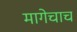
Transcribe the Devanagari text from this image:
मागेचाच